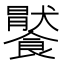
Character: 𩞹